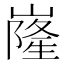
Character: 嶐